Vaccination in Bombay 1902-1912 - 1902-1912
Year: 1902
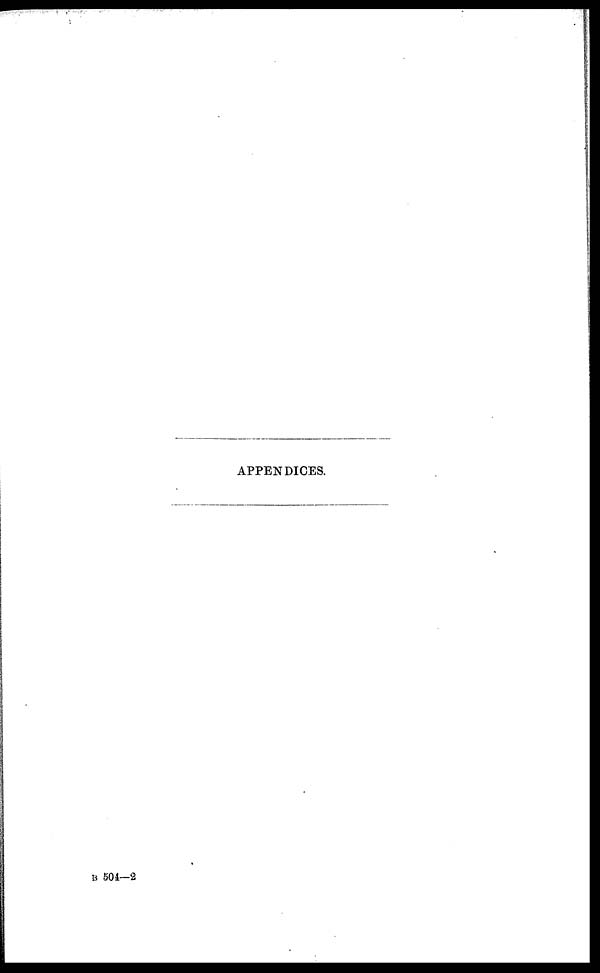
APPENDICES.
B 504—2